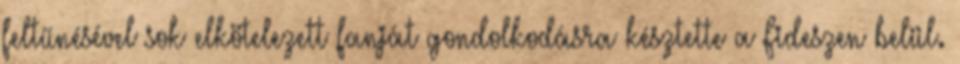
feltűnésével sok elkötelezett fanját gondolkodásra késztette a Fideszen belül.